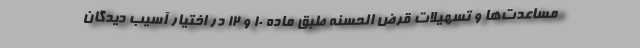
مساعدت‌ها و تسهیلات قرض الحسنه طبق ماده ۱۰ و ۱۲ در اختیار آسیب دیدگان